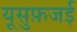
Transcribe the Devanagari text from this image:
यूसुफ़जई